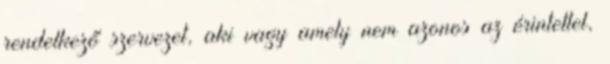
rendelkező szervezet, aki vagy amely nem azonos az érintettel,